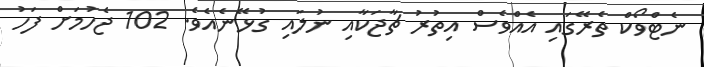
ނެޓްވޯކް ތެރޭގައި އެއްވެސް އިތުރު ޗާޖަކާއި ނުލައި ގުޅޭނެއެވެ. 102 ޖެހުމަށް ފަހު